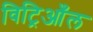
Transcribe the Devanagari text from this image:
विट्रिआँल